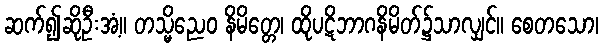
ဆက်၍ဆိုဦးအံ့။ တသ္မိညေဝ နိမိတ္တေ၊ ထိုပဋိဘာဂနိမိတ်၌သာလျှင်။ စေတသော၊